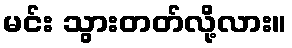
မင်း သွားတတ်လို့လား။